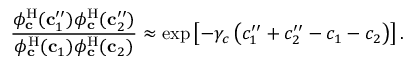
\frac { \phi _ { \mathbf { c } } ^ { \mathrm { H } } ( \mathbf { c } _ { 1 } ^ { \prime \prime } ) \phi _ { \mathbf { c } } ^ { \mathrm { H } } ( \mathbf { c } _ { 2 } ^ { \prime \prime } ) } { \phi _ { \mathbf { c } } ^ { \mathrm { H } } ( \mathbf { c } _ { 1 } ) \phi _ { \mathbf { c } } ^ { \mathrm { H } } ( \mathbf { c } _ { 2 } ) } \approx \exp \left[ - \gamma _ { c } \left( c _ { 1 } ^ { \prime \prime } + c _ { 2 } ^ { \prime \prime } - c _ { 1 } - c _ { 2 } \right) \right] .